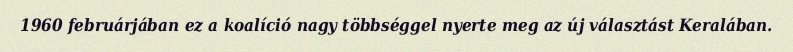
1960 februárjában ez a koalíció nagy többséggel nyerte meg az új választást Keralában.